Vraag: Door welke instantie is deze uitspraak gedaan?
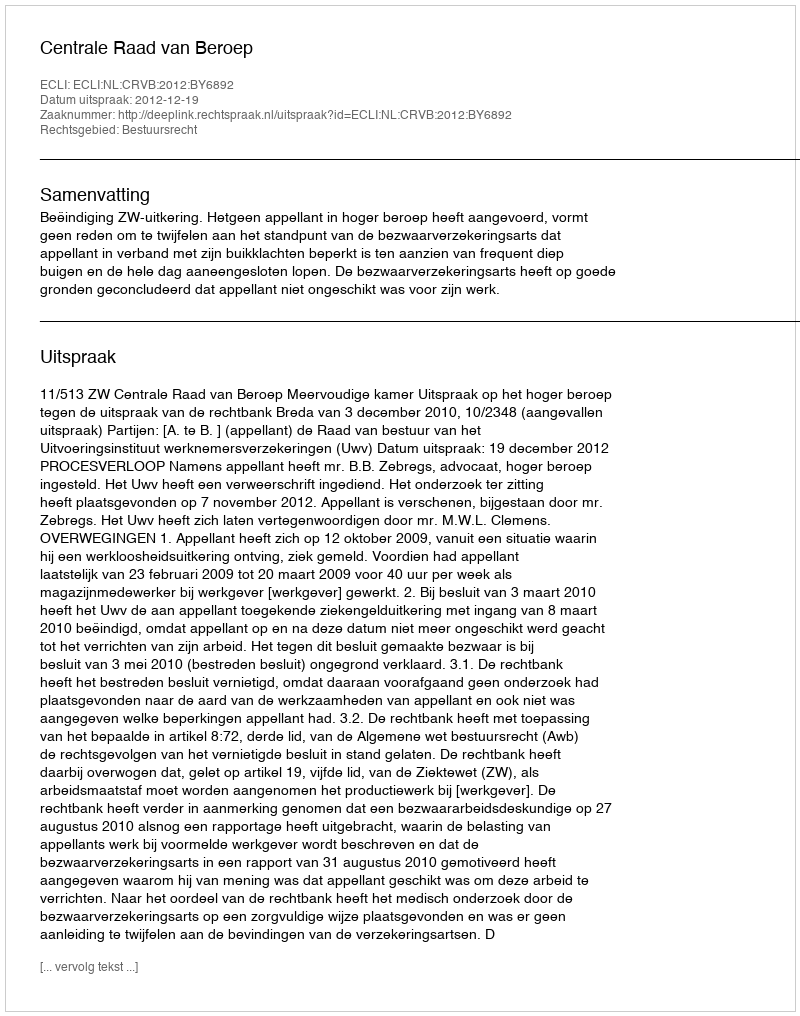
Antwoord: Centrale Raad van Beroep